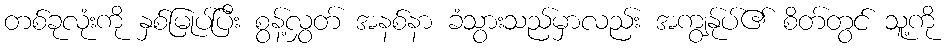
တစ်ခုလုံးကို နှစ်မြုပ်ပြီး စွန့်လွှတ် အနစ်နာ ခံသွားသည်မှာလည်း အကျွန်ုပ်၏ စိတ်တွင် သူ့ကို